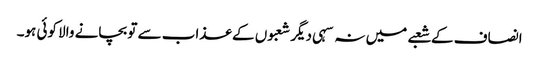
انصاف کے شعبے میں نہ سہی دیگر شعبوں کے عذاب سے تو بچانے والا کوئی ہو۔